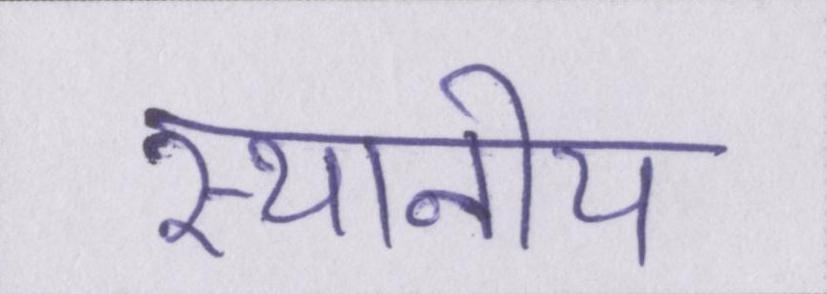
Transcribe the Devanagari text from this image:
स्थानीय